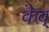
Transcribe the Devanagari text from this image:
केव्‌